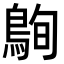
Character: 𪀠